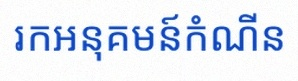
រកអនុគមន៍កំណើន